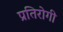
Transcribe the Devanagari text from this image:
प्रतिरोगी